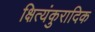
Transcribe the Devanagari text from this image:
क्षित्यंकुरादिक